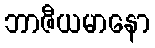
ဘာဇီယမာနော